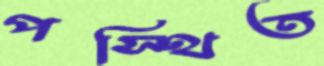
পস্থিত